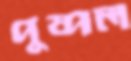
পুষ্পল